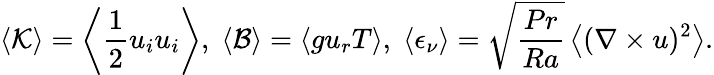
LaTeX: \left\langle\mathcal{K}\right\rangle=\left\langle\frac{1}{2}u_{i}u_{i}\right\rangle,\; \left\langle\mathcal{B}\right\rangle=\left\langle gu_{r}T\right\rangle,\; \left\langle\epsilon_{\nu}\right\rangle=\sqrt{\frac{Pr}{Ra}}\left\langle(\nabla\times u)^{2}\right\rangle.